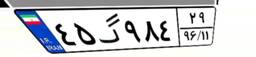
۴۵گ۹۸۴۲۹